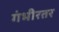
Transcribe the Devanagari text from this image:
गंभीरतर